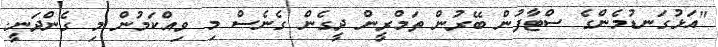
"އަޅުގަނޑުމެންގެ ސްޓާފުން ބޭރުން ތަމްރީން ދީގެން ގެނެސް މި ވިއްކަމުން މި ގެންދަނީ.